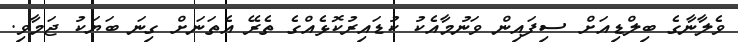
ވެލާނާގެ ބިލްޑިއަށް ސިފައިން ވަނުމާއެކު ކުޑައިރުކޮޅެއްގެ ތެރޭ އެތަނަށް ގިނަ ބަޔަކު ޖަމާވި.